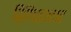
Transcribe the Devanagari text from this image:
द्विपिच्छाकार